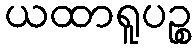
ယထာရူပဉ္စ